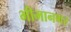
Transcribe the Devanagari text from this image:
भीमानगर